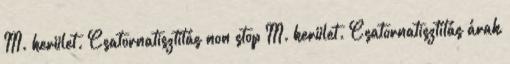
III. kerület. Csatornatisztítás non stop III. kerület. Csatornatisztítás árak